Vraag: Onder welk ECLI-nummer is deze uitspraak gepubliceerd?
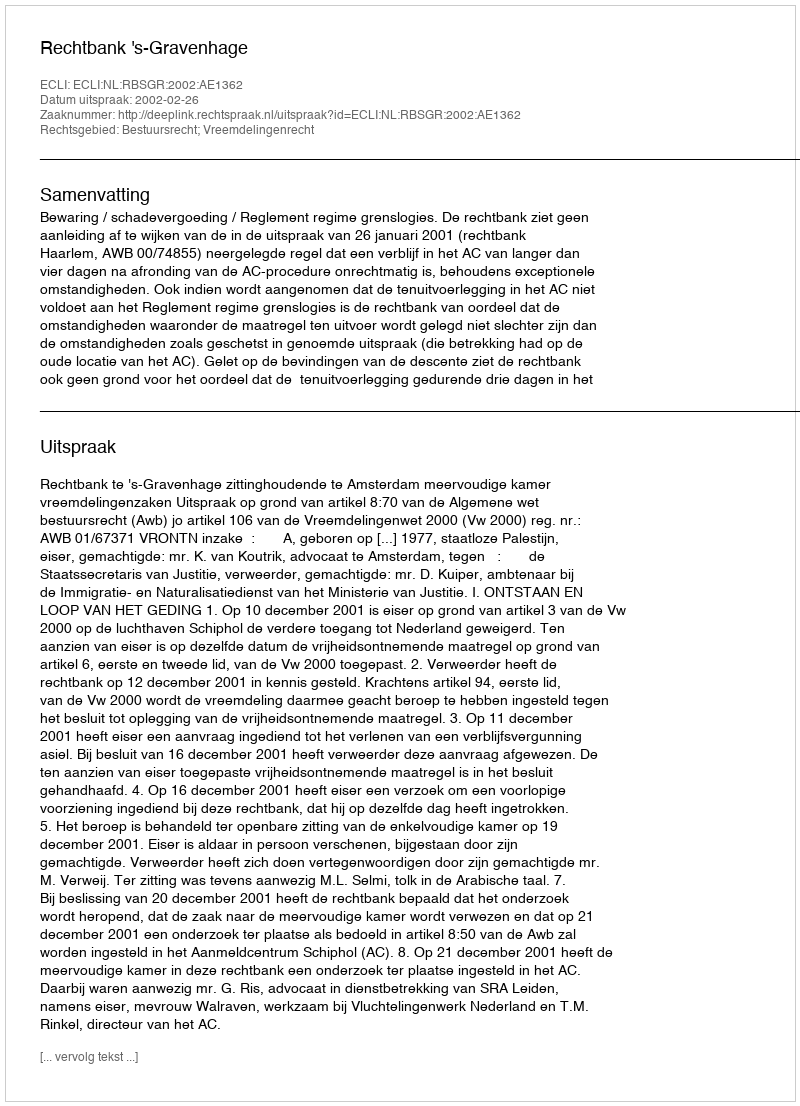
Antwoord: ECLI:NL:RBSGR:2002:AE1362